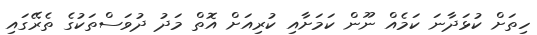
ހިތަށް ކުޅަދާނަ ކަމެއް ނޫން ކަމަށާއި ކުރިއަށް އޮތް މަދު ދުވަސްތަކުގެ ތެރޭގައި